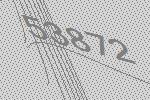
53872